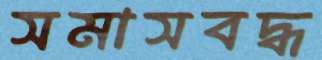
সমাসবদ্ধ